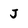
Character: J